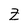
Character: Z